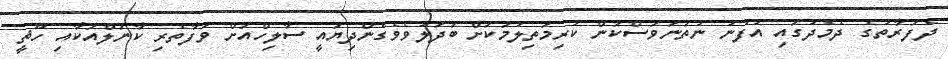
ދެފަރާތުގެ ދެމެދުގައި އުފުނު ނުތަނަވަސްކަން ކުރިމަތިލުމަކަށް ބަދަލުވެވެގެންދިޔައީ ސާލިހްއަށް ވަފާތެރި ކާނަލްއަކާއި ހޫޘީ